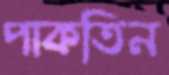
পাকতিন